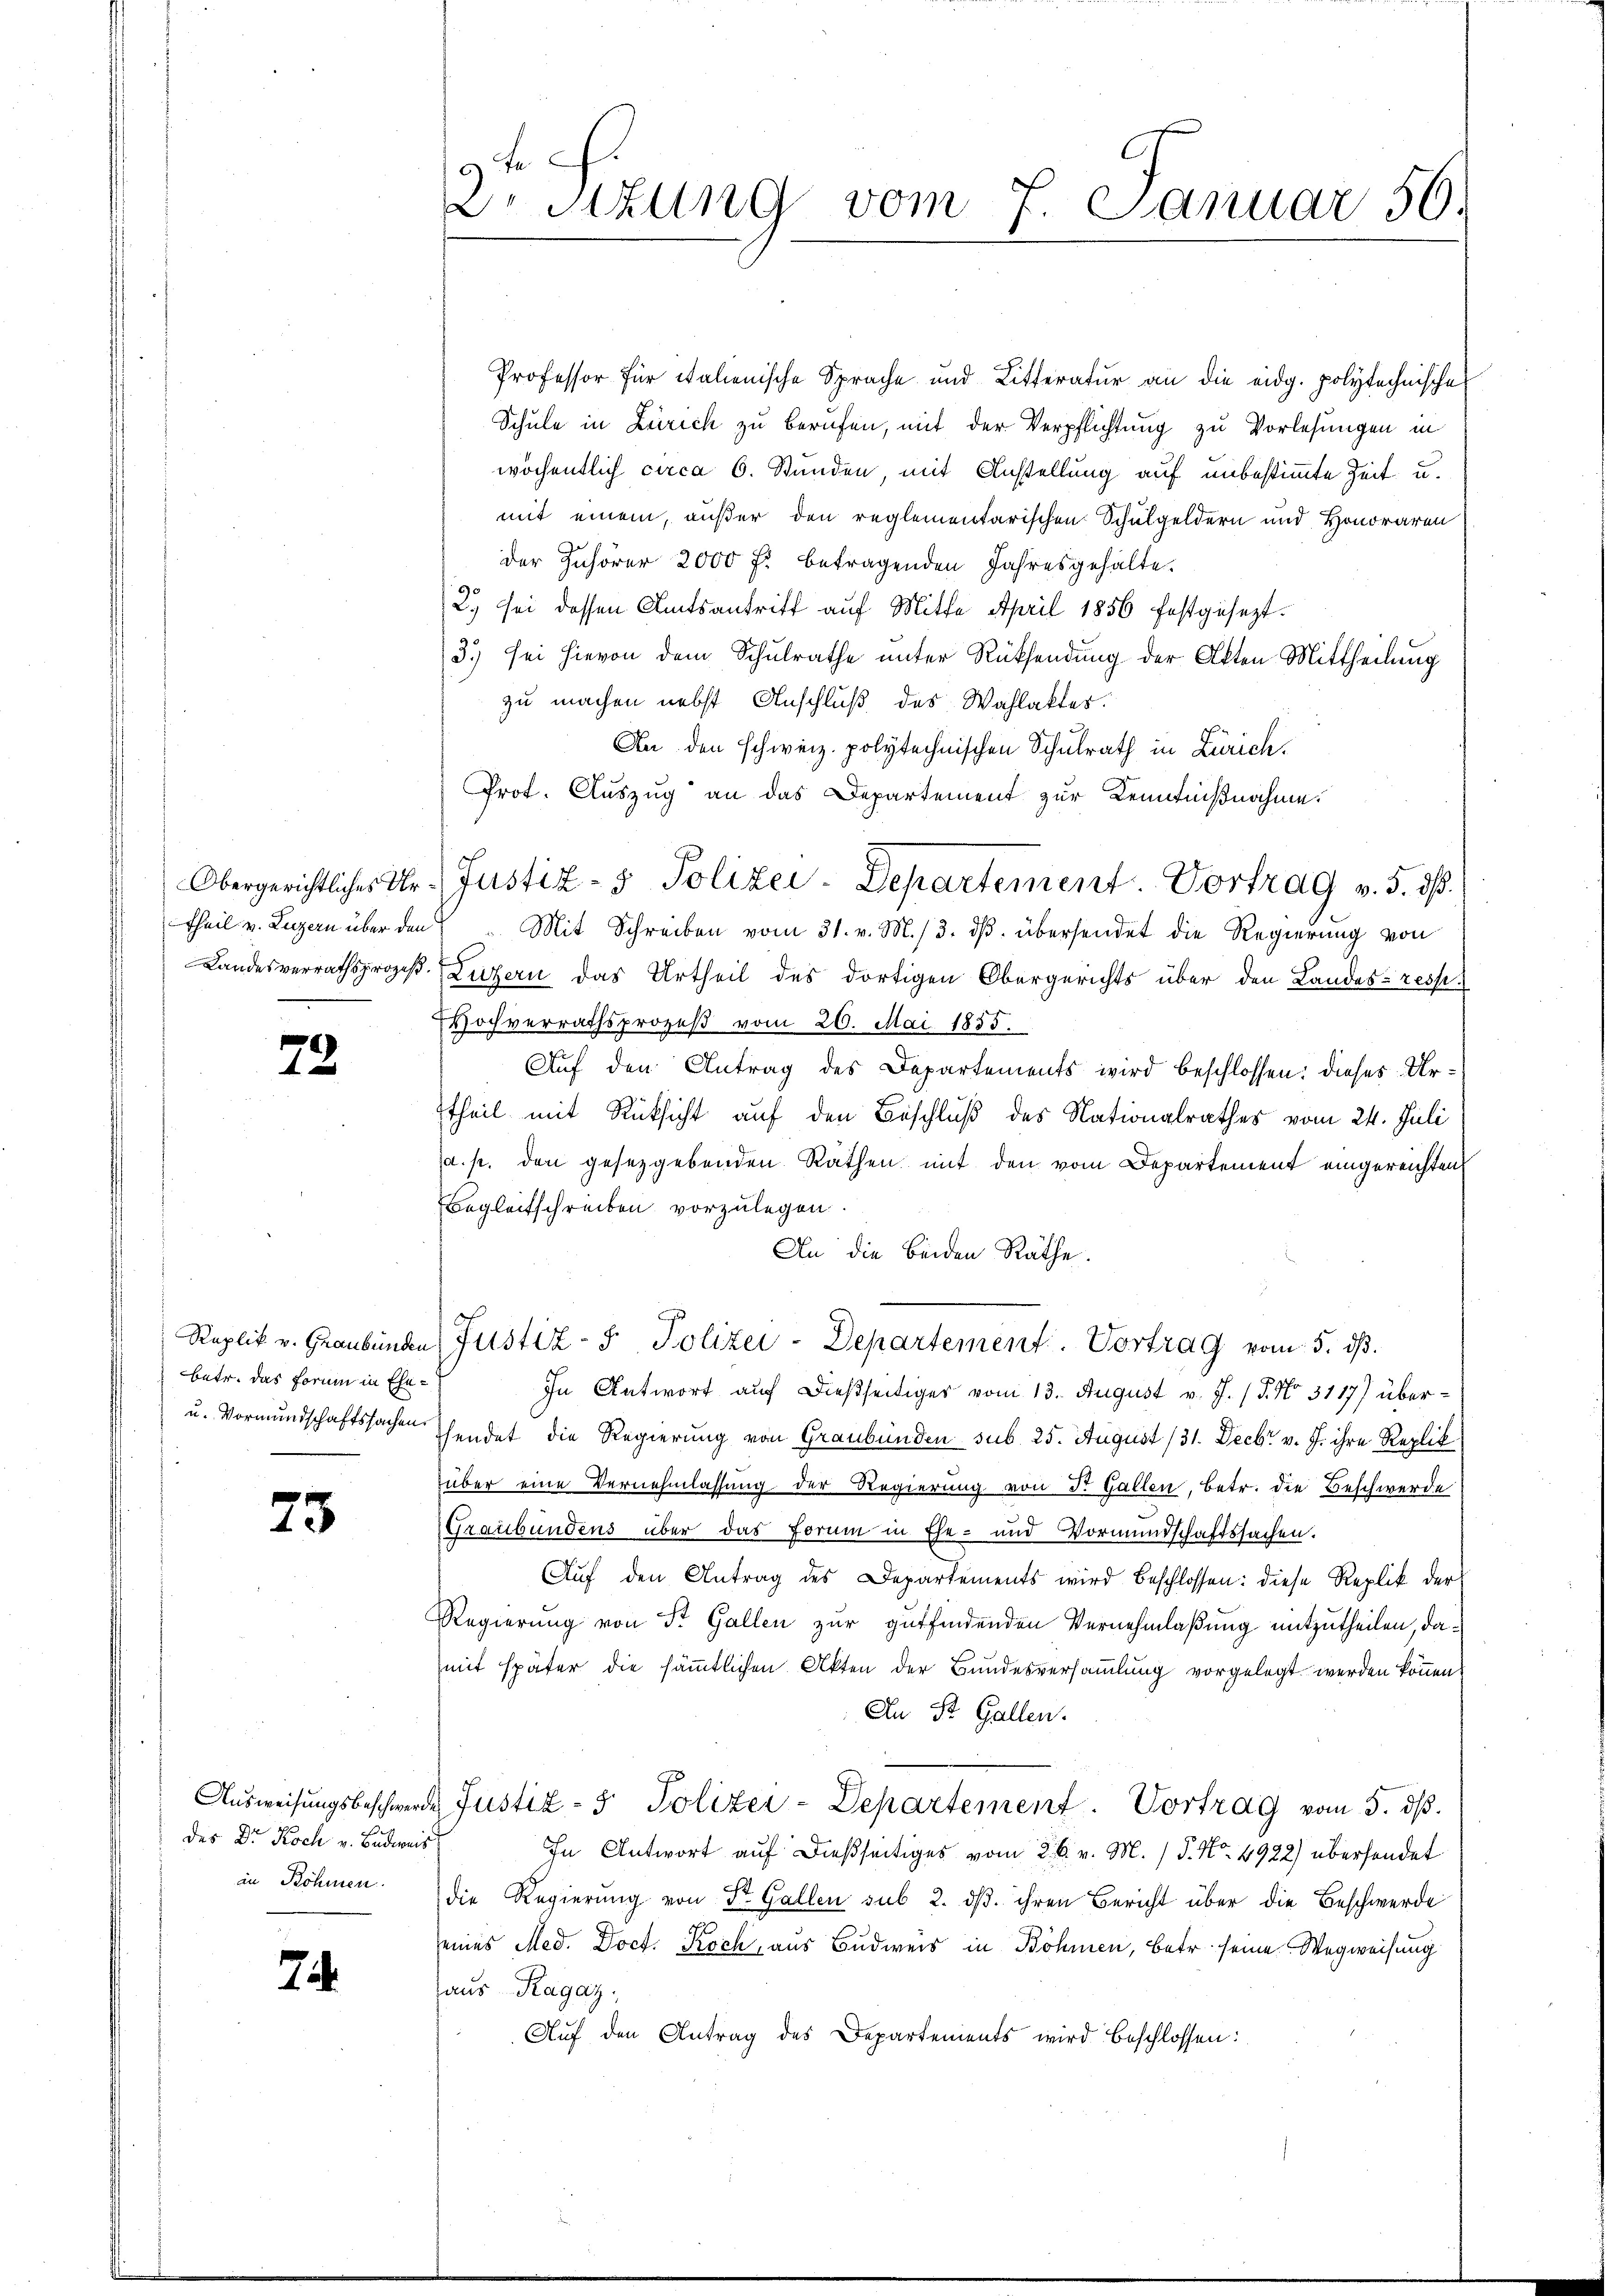
Theil v. Luzern über den

72

Replik v. Graubünden
betr. das Forme in Ehe¬
u. Vormundschaftssachen.

73

des Dr. Koch v. Budweis
in Böhmen.

7.

9 f
Dr Sitzung vom 7. Januar 56.

Professor für italienische Sprache und Litteratur an die eidg. polytechnische
Schule in Zürich zu berufen, mit der Verpflichtung zu Vorlesungen in
wöchentlich circa 6. Stunden, mit Anstellung auf unbestimmte Zeit u.
mit einem, außer den reglementarischen Schulgeldern und Honoraren
der Zuhörer 2000 fl. betragenden Jahresgehalte.
2) sei dessen Amtsantritt auf Mitte April 1856 festgesezt.
3.) sei hievon dem Schulrathe unter Rücksendung der Akten Mittheilung
zu machen nebst Anschluß des Wahlaktes.
An den schweiz. polytechnischen Schulrath in Zürich.
Prot. Auszug an das Departement zur Kenntnißnahme.
Mit Schreiben vom 31. v. M. /3. ds. übersendet die Regierung von
Landesverrathsprozeß. Luzern das Urtheil des dortigen Obergerichts über den Landes- resp.
Wochverrathsprozeß vom 20. Mai 1855.
Auf den Antrag des Departements wird beschlossen: dieses Urttheil mit Rücksicht auf den Beschluß des Nationalrathes vom 24. Juli
a. p. den gesetzgebenden Räthen mit den vom Departement eingereichten
Begleitschreiben vorzulegen.
An die beiden Räthe.
Justiz- & Polizei-Departement. Vortrag vom 5. ds.
In Antwort auf dießseitiges vom 13. August v. J. (T. No. 3117) übersendet die Regierung von Graubünden sub. 25. August (31. Decbr v. J. ihre Replik
über eine Vernehmlassung der Regierung von Dr. Gallen, betr. die Beschwerde
Graubündens über das Forum in Ehe- und Vormundschaftssachen.
Auf den Antrag des Departements wird beschlossen: diese Replik der
Regierung von St. Gallen zur gutfindenden Vernehmlaßung mitzutheilen, damit später die sämmtlichen Akten der Bundesversammlung vorgelegt werden können.
An St. Gallen.
Aŭsweisŭngsbeschwerde Justiz- & Polizei-Departement. Vortrag vom 5. dβ.
In Antwort auf dießseitiges vom 26. v. M. / 5. No. 4922) übersendet
die Regierŭng von St. Gallen sub 2. dβ. ihren Bericht über die Beschwerde
eines Med. Doct. Koch, aus Budweis in Böhmen, betr. seine Wegweisung
aus Ragaz,
Aŭf den Antrag des Departements wird beschlossen:

Obergerichtlicher Dr. Justiz- & Polizei-Departement. Vortrag v. 5. dß.